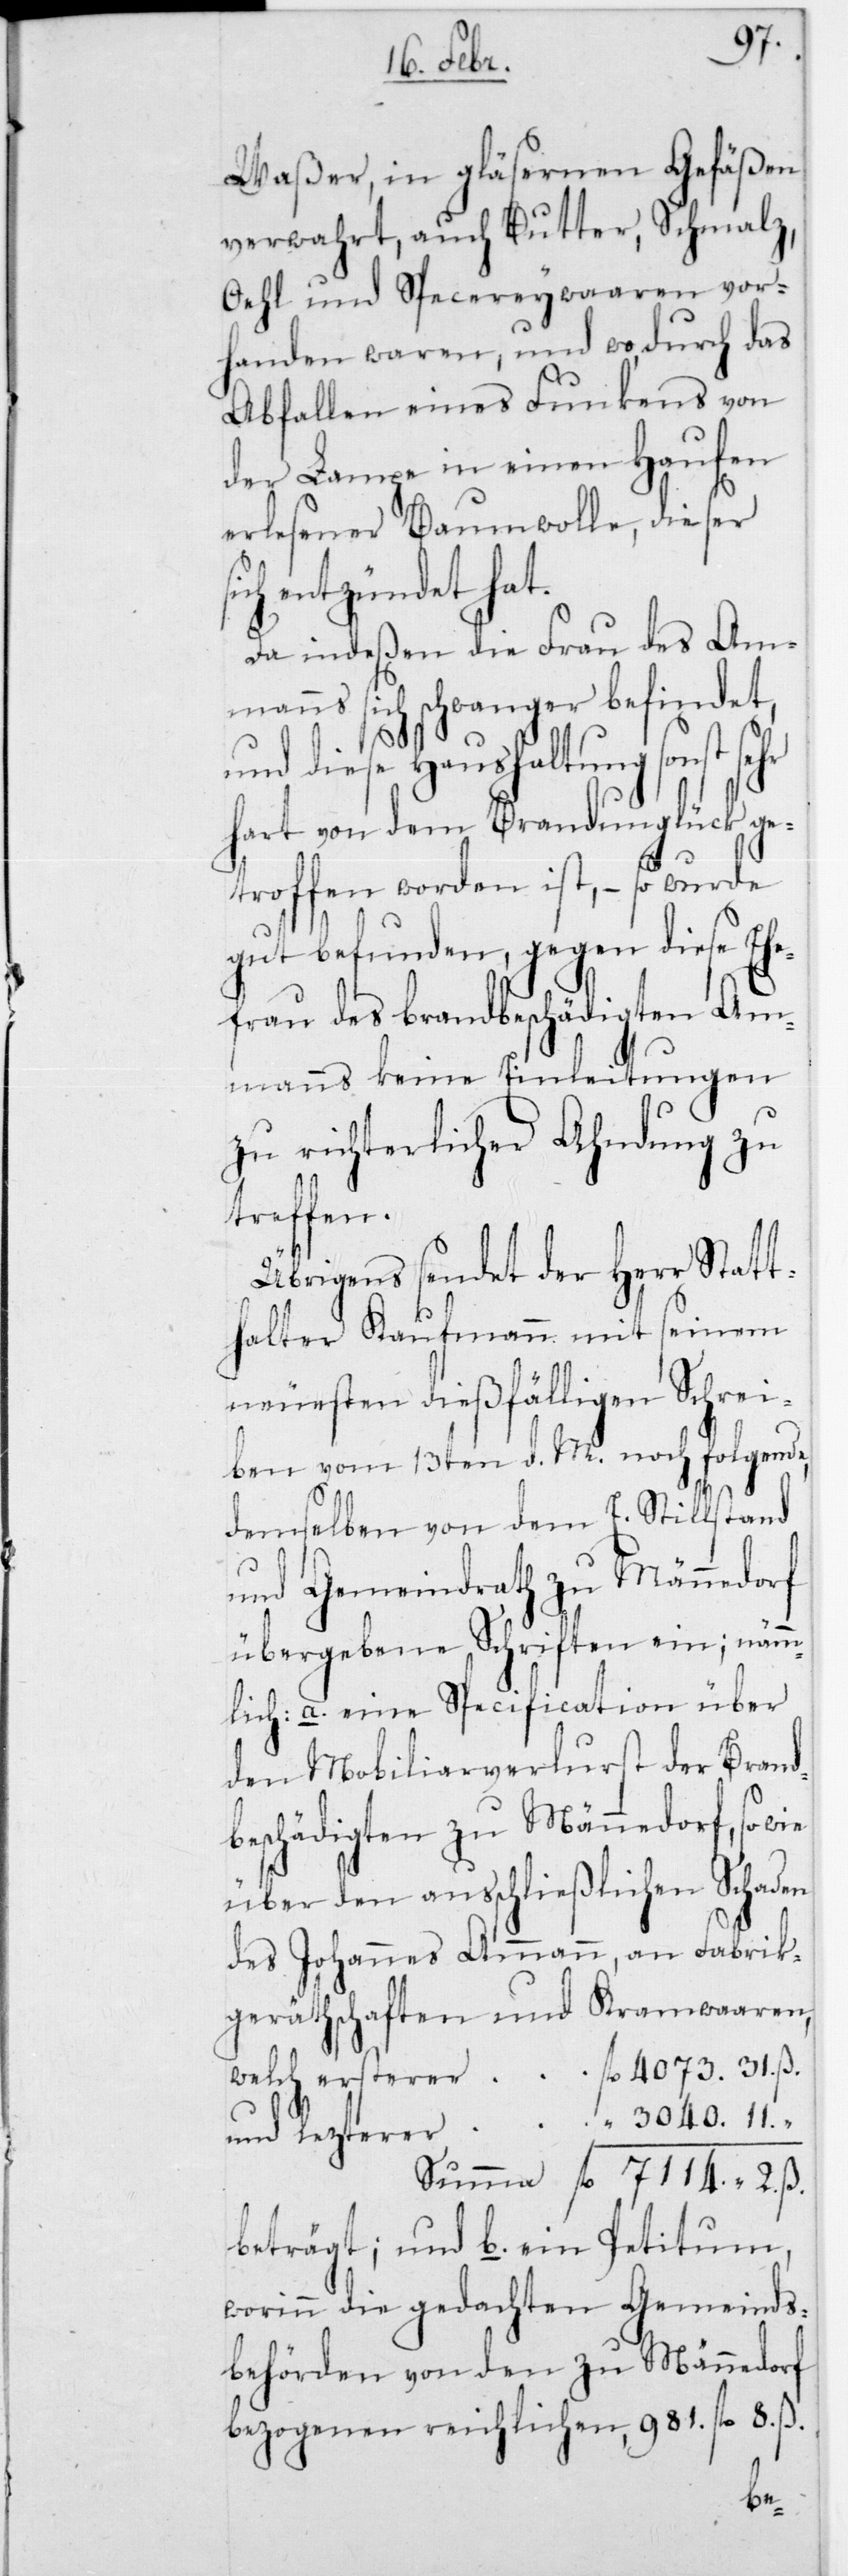
4073.
Waßer, in gläsernen Gefäßen
verwahrt, auch Butter, Schmalz,
Oehl und Specereywaaren vor¬
handen waren, und wodurch das
Abfallen eines Funkens von
der Lampe in einen Haufen
erlesener Baumwolle, dieser
der Brand¬
Da indeßen die Frau des Am¬
manns sich schwanger befindet,
und diese Haushaltung sonst sehr
hart von dem Brandunglück ge¬
troffen worden ist, – so wurde
gut befunden, gegen diese Ehe¬
frau des brandbeschädigten Am¬
manns keine Einleitungen
zu richterlicher Ahndung zu
treffen.
Übrigens sendet der Herr Statt¬
halter Kaufmann mit seinem
neuesten dießfälligen Schrei¬
ben vom 13ten d. M. noch folgende,
demselben von dem E. Stillstand
und Gemeindrath zu Männedorf
übergebene Schriften ein; nämm¬
lich: a. eine Specification über
den Mobiliarverlurst [sic!]
beschädigten zu Männedorf, sowie
über den ausschließlichen Schaden
des Johannes Ammann, an Fabrik¬
geräthschaften und Kramwaren,
beträgt; und b. ein Petitum,
worin die gedachten Gemeinds¬
behörden von den zu Männedorf
bezogenen reichlichen 981 fl. 8 ß